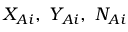
X _ { A i } , ~ Y _ { A i } , ~ N _ { A i }